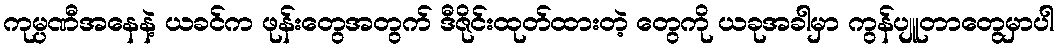
ကုမ္ပဏီအနေနဲ့ ယခင်က ဖုန်းတွေအတွက် ဒီဇိုင်းထုတ်ထားတဲ့ တွေကို ယခုအခါမှာ ကွန်ပျူတာတွေမှာပါ